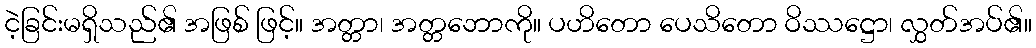
ငဲ့ခြင်းမရှိသည်၏ အဖြစ် ဖြင့်။ အတ္တာ၊ အတ္တဘောကို။ ပဟိတော ပေသိတော ဝိဿဋ္ဌော၊ လွှတ်အပ်၏။